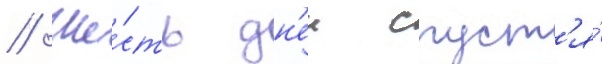
// Ше́сть дн'еи спуст'я́